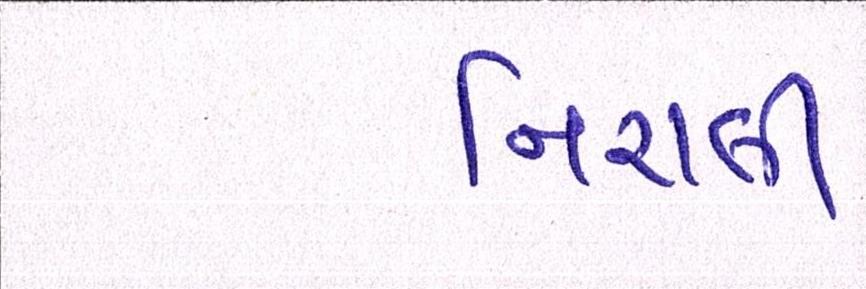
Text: નિરાલી